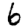
Digit: 6